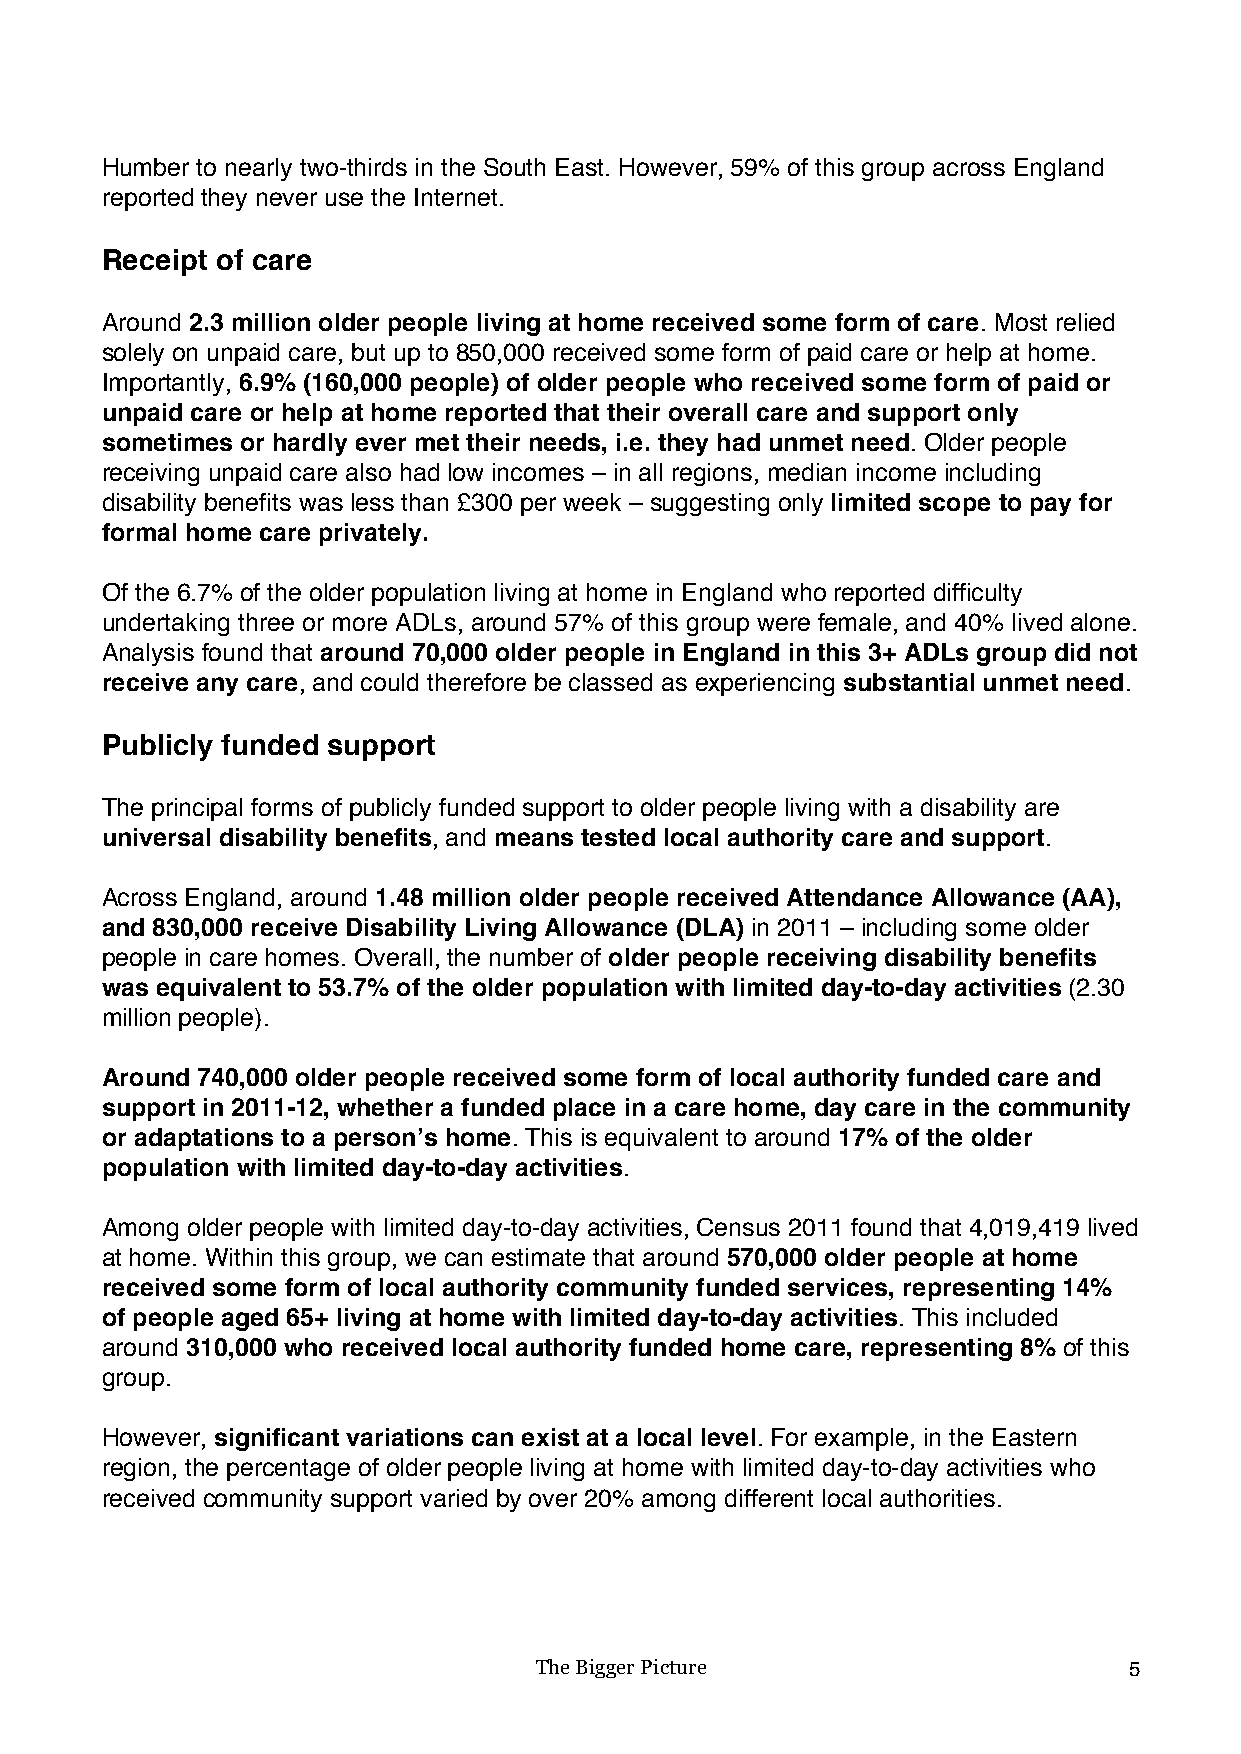
Humber to nearly two-thirds in the South East. However, 59% of this group across England
 reported they never use the Internet.
 Receipt of care
 Around 2.3 million older people living at home received some form of care. Most relied
 solely on unpaid care, but up to 850,000 received some form of paid care or help at home.
 Importantly, 6.9% (160,000 people) of older people who received some form of paid or
 unpaid care or help at home reported that their overall care and support only
 sometimes or hardly ever met their needs, i.e. they had unmet need. Older people
 receiving unpaid care also had low incomes – in all regions, median income including
 disability benefits was less than £300 per week – suggesting only limited scope to pay for
 formal home care privately.
 Of the 6.7% of the older population living at home in England who reported difficulty
 undertaking three or more ADLs, around 57% of this group were female, and 40% lived alone.
 Analysis found that around 70,000 older people in England in this 3+ ADLs group did not
 receive any care, and could therefore be classed as experiencing substantial unmet need.
 Publicly funded support
 The principal forms of publicly funded support to older people living with a disability are
 universal disability benefits, and means tested local authority care and support.
 Across England, around 1.48 million older people received Attendance Allowance (AA),
 and 830,000 receive Disability Living Allowance (DLA) in 2011 – including some older
 people in care homes. Overall, the number of older people receiving disability benefits
 was equivalent to 53.7% of the older population with limited day-to-day activities (2.30
 million people).
 Around 740,000 older people received some form of local authority funded care and
 support in 2011-12, whether a funded place in a care home, day care in the community
 or adaptations to a person’s home. This is equivalent to around 17% of the older
 population with limited day-to-day activities.
 Among older people with limited day-to-day activities, Census 2011 found that 4,019,419 lived
 at home. Within this group, we can estimate that around 570,000 older people at home
 received some form of local authority community funded services, representing 14%
 of people aged 65+ living at home with limited day-to-day activities. This included
 around 310,000 who received local authority funded home care, representing 8% of this
 group.
 However, significant variations can exist at a local level. For example, in the Eastern
 region, the percentage of older people living at home with limited day-to-day activities who
 received community support varied by over 20% among different local authorities.
 The Bigger Picture                      5